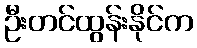
ဦးတင်ထွန်းနိုင်က